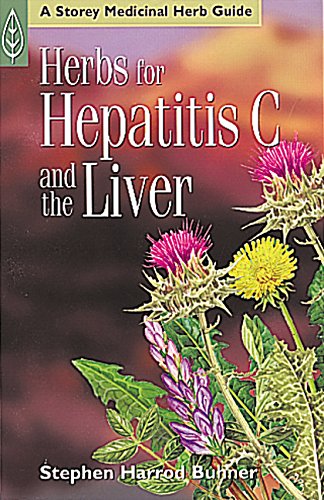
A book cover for Herbs for Hepatitis C and the Liver (A Storey Medicinal Herb Guide); Stephen Harrod Buhner; Health, Fitness & Dieting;